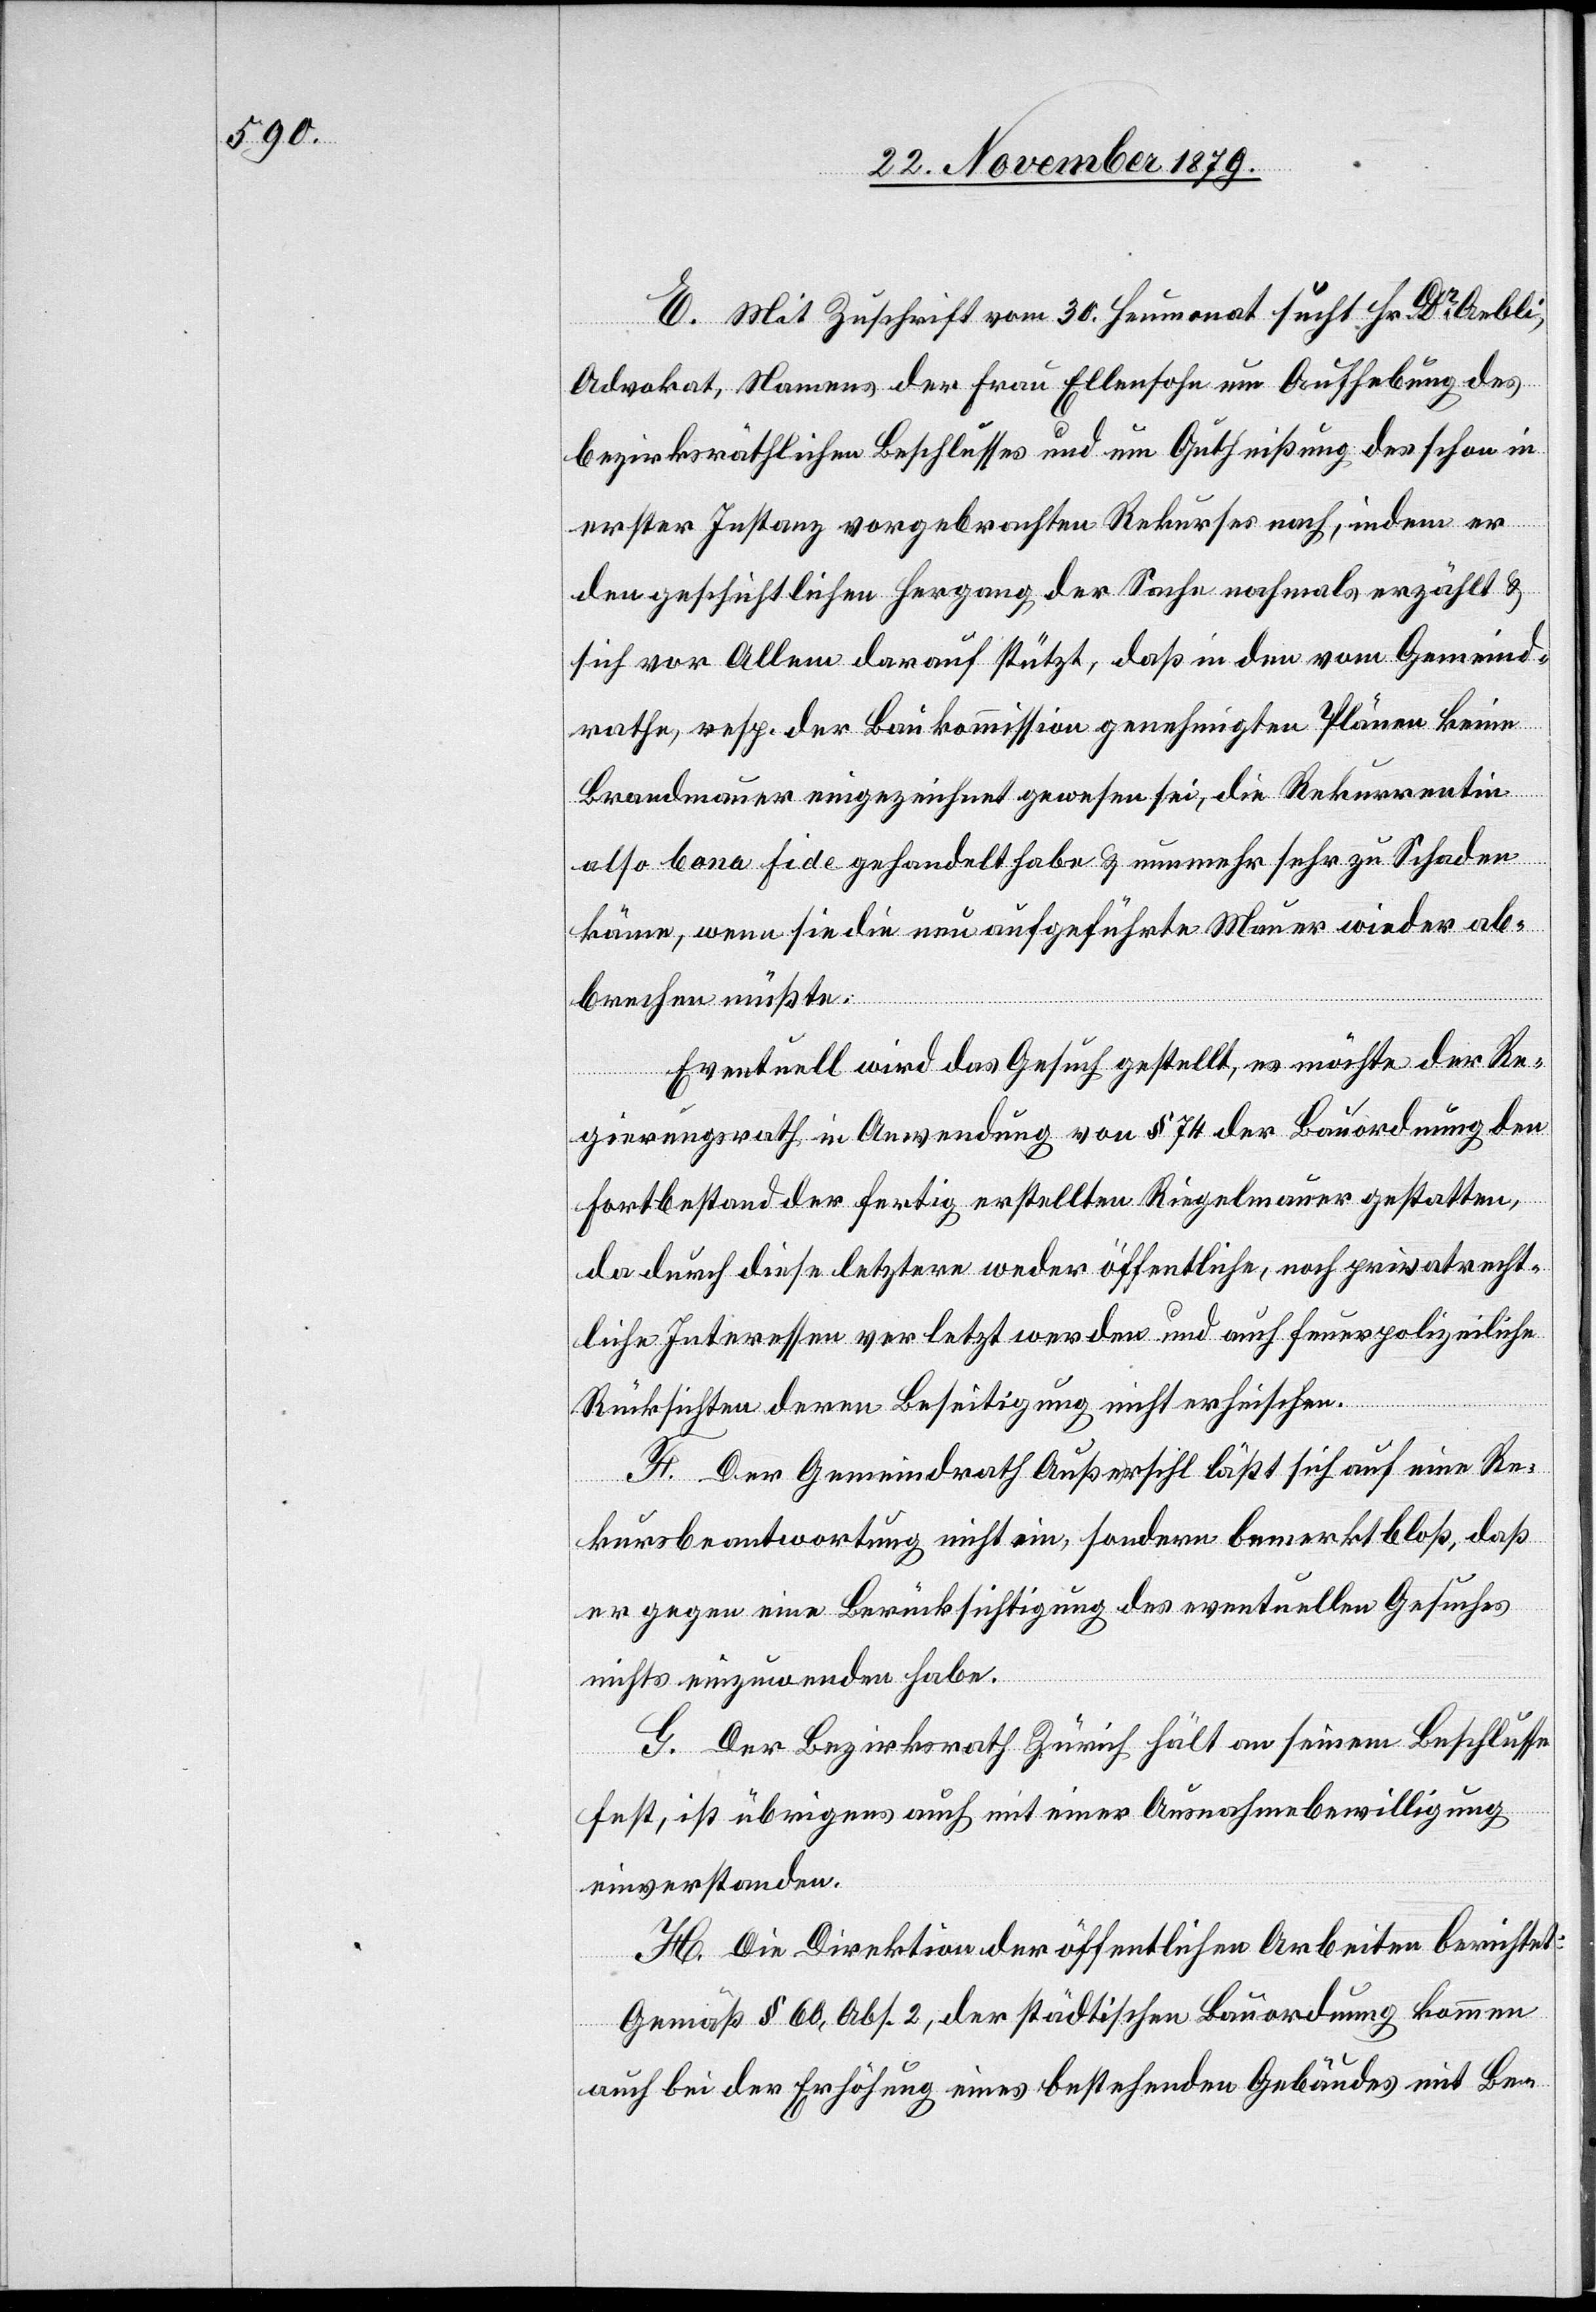
E. Mit Zuschrift vom 30. Heumonat sucht Hr. Dr Aebli,
Advokat, Namens der Frau Ellensohn um Aufhebung des
bezirksräthlichen Beschlusses und um Gutheißung des schon in
erster Instanz vorgebrachten Rekurses nach, indem er
den geschichtlichen Hergang der Sache nochmals erzählt &
sich vor Allem darauf stützt, daß in den vom Gemeind¬
rathe, resp. der Baukommission genehmigten Plänen keine
Brandmauer eingezeichnet gewesen sei, die Rekurrentin
also bona fide gehandelt habe & nunmehr sehr zu Schaden
käme, wenn sie die neuaufgeführte Mauer wieder ab¬
Eventuell wird das Gesuch gestellt, es möchte der Re¬
gierungsrath in Anwendung von § 74 der Bauordnung den
Fortbestand der fertig erstellten Riegelmauer gestatten,
da durch diese letztere weder öffentliche, noch privatrecht¬
liche Interessen verletzt werden und auch feuerpolizeiliche
Rücksichten deren Beseitigung nicht erheischen.
F. Der Gemeindrath Außersihl läßt sich auf eine Re¬
kursbeantwortung nicht ein, sondern bemerkt bloß, daß
er gegen eine Berücksichtigung des eventuellen Gesuches
nehmen
nichts einzuwenden habe.
G. Der Bezikrsrath Zürich hält an seinem Beschlusse
fest, ist übrigens auch mit einer Ausnahmebewilligung
einverstanden.
H. Die Direktion der öffentlichen Arbeiten berichtet:
Gemäß § 60, Abs. 2, der städtischen Bauordnung kommen
auch bei der Erhöhung eines bestehenden Gebäudes mit Be-